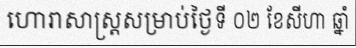
ហោរាសាស្ត្រសម្រាប់ថ្ងៃទី ០២ ខែសីហា ឆ្នាំ